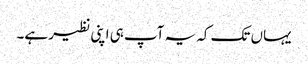
یہاں تک کہ یہ آپ ہی اپنی نظیر ہے۔